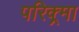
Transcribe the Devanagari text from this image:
परिक्र्मा